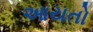
આયતો